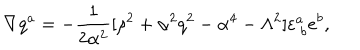
\nabla q ^ { a } = - { \frac { 1 } { 2 { \alpha } ^ { 2 } } } [ \rho ^ { 2 } + \alpha ^ { 2 } q ^ { 2 } - \alpha ^ { 4 } - \Lambda ^ { 2 } ] \varepsilon _ { \ b } ^ { a } e ^ { b } ,